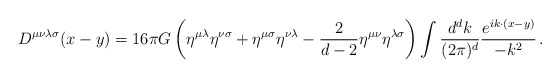
\begin{align*}D^{\mu\nu\lambda\sigma}(x-y) = 16 \pi G \left(\eta^{\mu\lambda}\eta^{\nu\sigma} + \eta^{\mu \sigma} \eta^{\nu \lambda} - {2 \over d-2}\eta^{\mu \nu} \eta^{\lambda \sigma} \right) \int {d^dk \over (2 \pi)^d}{e^{i k \cdot (x-y)} \over - k^2}\,.\end{align*}